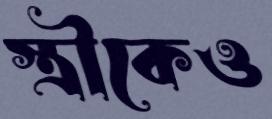
স্ত্রীকেও